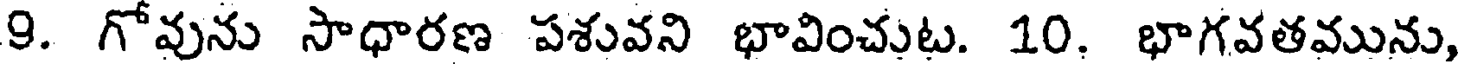
9. గోవును సాధారణ పశువని భావించుట. 10. భాగవతమును,